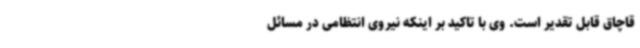
قاچاق قابل تقدیر است. وی با تاکید بر اینکه نیروی انتظامی در مسائل